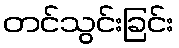
တင်သွင်းခြင်း